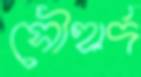
সৌহার্দ